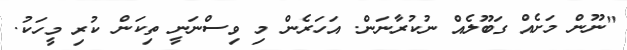
"ނޫން މަށެއް ގަބޫލެއް ނުކުރާނަން. އަހަރެން މި ވިސްނަނީ ތިކަން ކުރި މީހަކު.